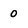
Character: 0